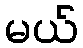
မယ်